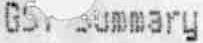
GST SUMMARY